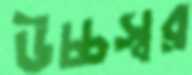
উচ্চস্বর